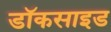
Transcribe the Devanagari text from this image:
डॉकसाइड